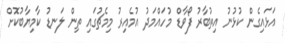
އަޅައިގެން ކުޅުނު އިތުބާރު ފޯވާޑް މުހައްމަދު އުމެއިރު މިމެޗުގައި ތިން ލަނޑު ކާމިޔާބުކޮށް